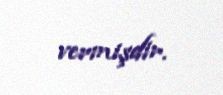
vermişdir.